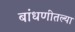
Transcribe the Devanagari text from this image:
बांधणीतल्या